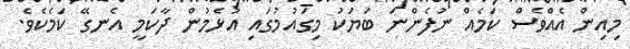
މިއިން އެއްވެސް ކަމެއް ނުފެންނަ ބަޔަކު މިގައުމުގައި އުޅެމުން ދާކަމީ އެނގޭ ކަމެކެވެ.